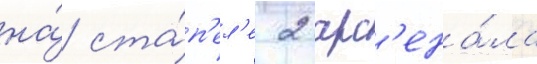
на́ ста́п'ел'е 2 арс'ена́ла